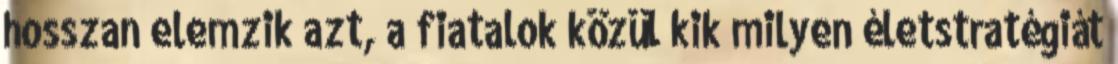
hosszan elemzik azt, a fiatalok közül kik milyen életstratégiát